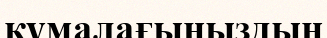
құмалағыңыздың